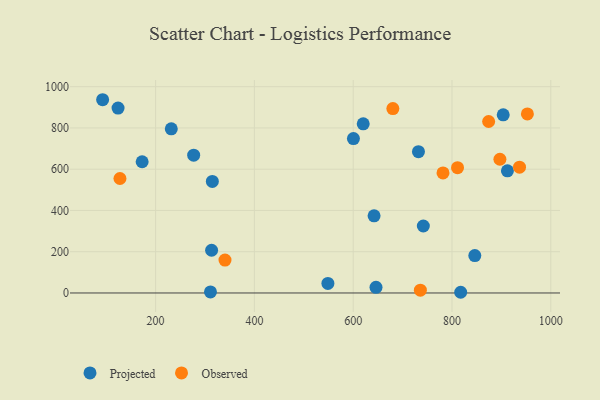
{"axis": {"x": "Speed", "y": "Exam Score"}, "legend": ["Observed", "Projected"], "data": [{"x": "313.4", "y": 207.2, "type": "Projected"}, {"x": "732.1", "y": 684.8, "type": "Projected"}, {"x": "277.1", "y": 667.8, "type": "Projected"}, {"x": "314.9", "y": 540.5, "type": "Projected"}, {"x": "817.6", "y": 3.4, "type": "Projected"}, {"x": "846.2", "y": 181.4, "type": "Projected"}, {"x": "912.2", "y": 592.3, "type": "Projected"}, {"x": "903.7", "y": 863.4, "type": "Projected"}, {"x": "742.0", "y": 324.7, "type": "Projected"}, {"x": "548.8", "y": 46.2, "type": "Projected"}, {"x": "311.1", "y": 4.9, "type": "Projected"}, {"x": "646.2", "y": 27.5, "type": "Projected"}, {"x": "600.5", "y": 748.2, "type": "Projected"}, {"x": "124.0", "y": 896.4, "type": "Projected"}, {"x": "92.8", "y": 936.7, "type": "Projected"}, {"x": "642.3", "y": 373.9, "type": "Projected"}, {"x": "231.8", "y": 795.8, "type": "Projected"}, {"x": "172.8", "y": 636.1, "type": "Projected"}, {"x": "620.3", "y": 819.7, "type": "Projected"}, {"x": "736.0", "y": 13.7, "type": "Observed"}, {"x": "897.0", "y": 648.3, "type": "Observed"}, {"x": "127.9", "y": 554.9, "type": "Observed"}, {"x": "781.8", "y": 582.0, "type": "Observed"}, {"x": "340.5", "y": 159.3, "type": "Observed"}, {"x": "936.7", "y": 609.7, "type": "Observed"}, {"x": "952.6", "y": 868.0, "type": "Observed"}, {"x": "874.2", "y": 831.1, "type": "Observed"}, {"x": "811.2", "y": 607.3, "type": "Observed"}, {"x": "680.3", "y": 894.0, "type": "Observed"}]}